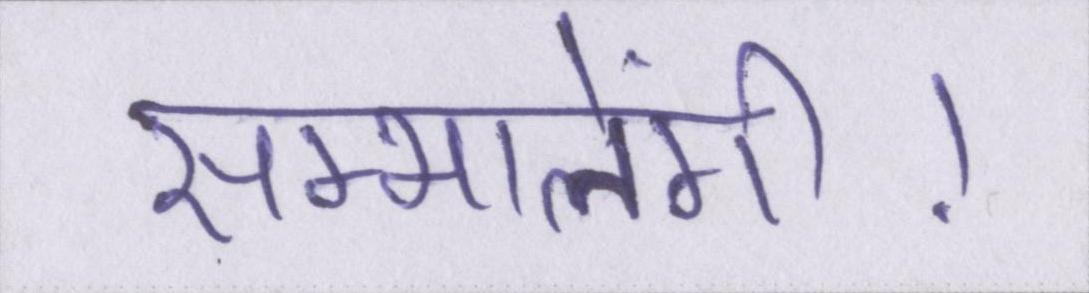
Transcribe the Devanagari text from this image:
सम्भालेंगी।